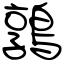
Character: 鶉